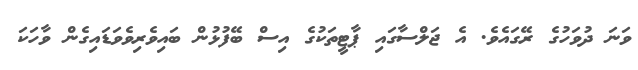
ވަނަ ދުވަހުގެ ރޭގައެވެ. އެ ޖަލްސާގައި ޕާޓީތަކުގެ އިސް ބޭފުޅުން ބައިވެރިވެވަޑައިގެން ވާހަކަ